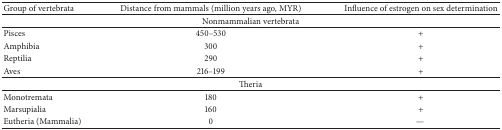
<table><thead><tr><td><b>Group of vertebrata</b></td><td><b>Distance from mammals (million years ago, MYR)</b></td><td><b>Influence of estrogen on sex determination</b></td></tr></thead><tbody><tr><td colspan="3">Nonmammalian vertebrata</td></tr><tr><td>Pisces </td><td>450–530 </td><td>+ </td></tr><tr><td>Amphibia </td><td>300 </td><td>+ </td></tr><tr><td>Reptilia </td><td>290 </td><td>+ </td></tr><tr><td>Aves </td><td>216–199 </td><td>+ </td></tr><tr><td colspan="3">Theria </td></tr><tr><td>Monotremata </td><td>180 </td><td>+ </td></tr><tr><td>Marsupialia </td><td>160 </td><td>+ </td></tr><tr><td>Eutheria (Mammalia) </td><td>0 </td><td>—</td></tr></tbody></table>